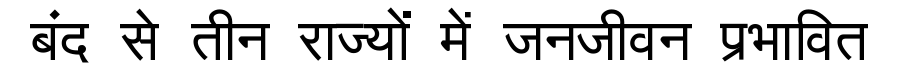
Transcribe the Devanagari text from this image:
बंद से तीन राज्यों में जनजीवन प्रभावित